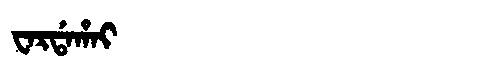
Manchu: ᠸᠠᡵᡩᠠᡥᠠᡳ
Romanization: WARDAHAI